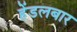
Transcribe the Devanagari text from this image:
हेंडलबार